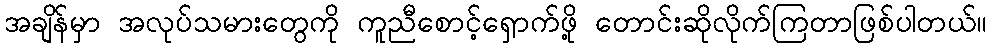
အချိန်မှာ အလုပ်သမားတွေကို ကူညီစောင့်ရှောက်ဖို့ တောင်းဆိုလိုက်ကြတာဖြစ်ပါတယ်။